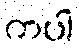
ကပါ